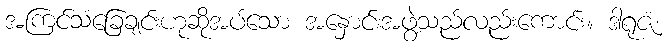
အကြင်သံခြေချင်းဟုဆိုအပ်သော အနှောင်းအဖွဲ့သည်လည်းကောင်း။ ဒါရုဇံ၊